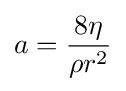
a={\frac {8\eta }{\rho r^{2}}}